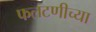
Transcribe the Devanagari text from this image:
फलटणीच्या